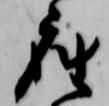
座